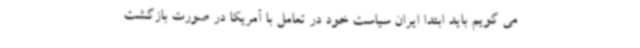
می گویم باید ابتدا ایران سیاست خود در تعامل با آمریکا در صورت بازگشت